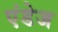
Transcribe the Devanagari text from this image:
एंडेज